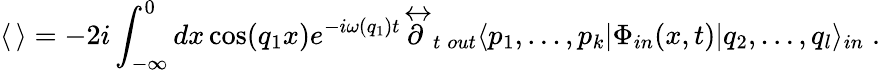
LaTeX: \langle\, \rangle=-2i\int_{-\infty}^{0}dx\cos(q_{1}x)e^{-i\omega(q_{1})t}{\mathop{\partial}^{\leftrightarrow}}_{t}\, _{out}\langle p_{1},\dots,p_{k}|\Phi_{in}(x,t)|q_{2},\dots,q_{l}\rangle_{in}\; .